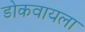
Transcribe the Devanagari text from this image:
डोकवायला